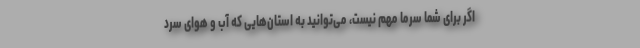
اگر برای شما سرما مهم نیست، می‌توانید به استان‌هایی که آب و هوای سرد